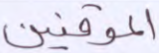
الموقنين